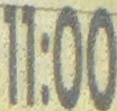
11:00